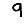
Digit: 9